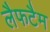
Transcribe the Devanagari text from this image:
लैफटैम